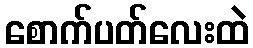
စောက်ပတ်လေးထဲ